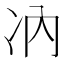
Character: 𪞗